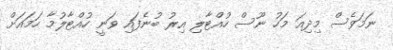
ނަމަވެސް މިދިއަ މަހު ނޫސް ހުއްޓާލި އިރު ބުނެފައި ވަނީ ހުއްޓާލުމާ ހަމައަށް